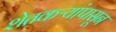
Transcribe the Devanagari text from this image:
शेतकऱ्यांपासून